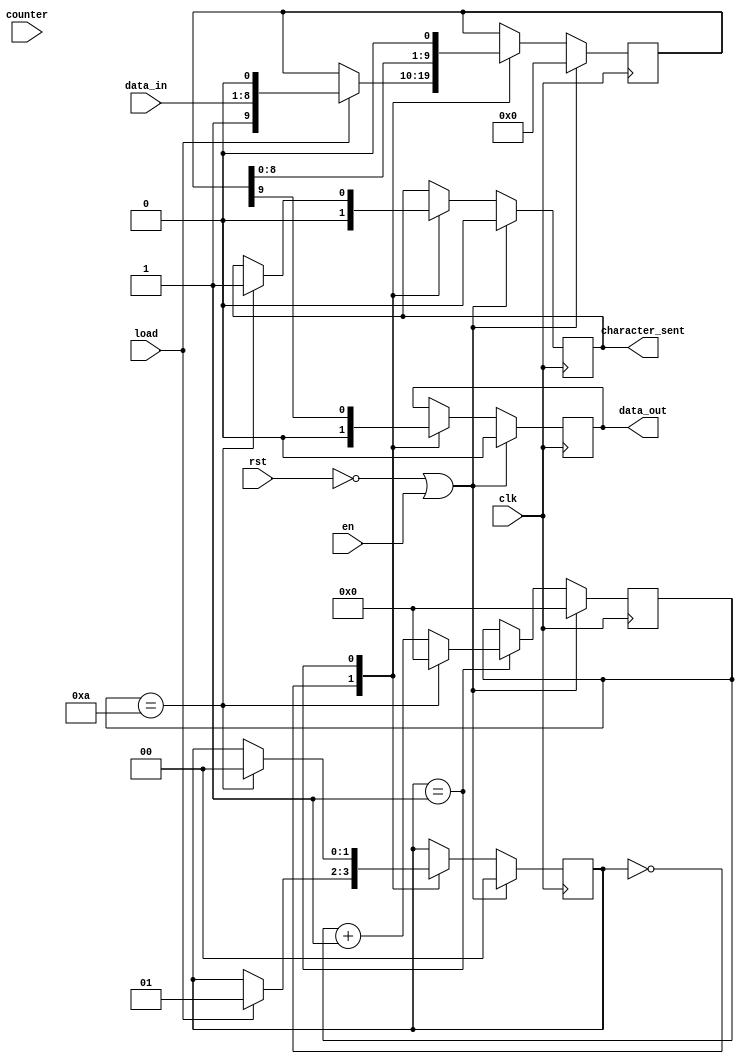
module parallel_to_serial(
									data_out,
									character_sent,
									data_in,
									counter,
									load,
									en,
									clk,
									rst
								); 
	output reg data_out;
	output reg character_sent;
	input clk, rst, load, en; 
	input [7:0] data_in; 
	input [3:0] counter;
	
	reg [9:0] temp;
	
	//parameter OP_NOP = 1'b0;
	//parameter OP_COUNTING = 1'b1;
	
	reg [1:0] state;
	wire [9:0] temp_wire;
	
	
	assign temp_wire = temp;
	/*always @(*) begin
		if (!rst) begin
			data_out <= 0;
			state <= 0;
			temp <= 10'b0;
		end else begin
			case (state)
				OP_NOP: begin
					if (load == 1) begin
					
						temp <= {1'b1, data_in, 1'b0};
						state <= OP_COUNTING;
					end
				
				end
				
				OP_COUNTING: begin
					
					if (counter == 4'b1000) begin
						data_out <= temp[9];
						temp <= temp << 1;
					end
					
					//if (load) temp <= {1'b1, data_in, 1'b0};
					
				end
				
			endcase
		end
	end*/
	
	
	 // DECIDED TO USE POSEDGE INSTEAD OF * // 
	 reg [3:0] count;
	 //reg start; // Added this
	 
	 parameter OP_NOP = 2'b00;
	 parameter OP_COUNTING = 2'b01;

	
	 always @(posedge clk) begin
		 if (!rst || en) begin 
	  		 temp <= 10'b0000000000; 
			 data_out <= 0;
			 character_sent <= 0;
			 state <= 0;
			 count <= 0;
			 //start <= 1; // Added this
		 end else begin
			 case (state)
			
				 OP_NOP : begin
					data_out <= 0;
					character_sent <= 0;
					 if (load) begin 
						 temp <= {1'b1, data_in, 1'b0};
						 state <= OP_COUNTING;
					 end
				 end
				
				 OP_COUNTING: begin

						data_out <= temp[9];
						temp <= temp << 1;
						count <= count + 1;
						if (count == 10) begin
							//start <= 0; // Added this
							state <= OP_NOP;
							count <= 0;
							character_sent <= 1;
						end 
					
					
				end
			endcase
		end
	end		
endmodule